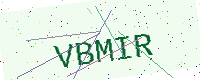
Text: VBMIR